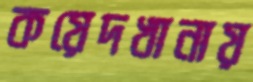
কয়েদখানায়